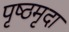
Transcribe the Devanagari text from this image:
पृष्ठमृदा